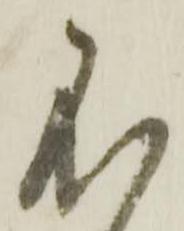
不